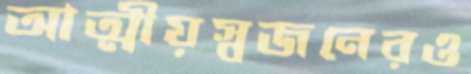
আত্মীয়স্বজনেরও